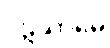
ပဋိသာမေ